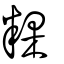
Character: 粿